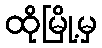
ထိုမြို့မှ